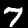
Digit: 7